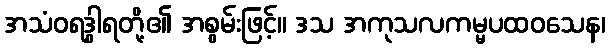
အသံဝရဒွါရတို့၏ အစွမ်းဖြင့်။ ဒသ အကုသလကမ္မပထဝသေန၊